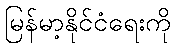
မြန်မာ့နိုင်ငံရေးကို